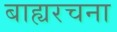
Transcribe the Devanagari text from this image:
बाह्यरचना